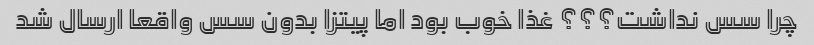
چرا سس نداشت؟؟؟ غذا خوب بود اما پیتزا بدون سس واقعا ارسال شد